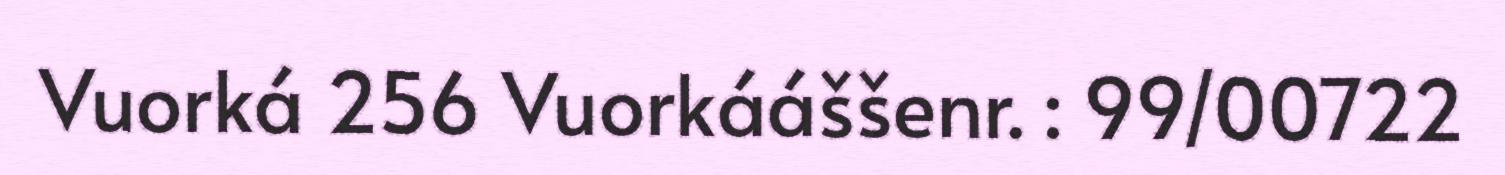
Vuorká 256 Vuorkááššenr. : 99/00722